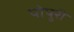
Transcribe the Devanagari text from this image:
पोपुरी